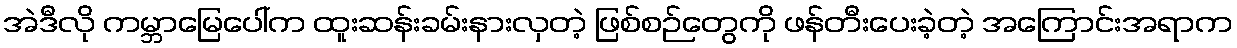
အဲဒီလို ကမ္ဘာမြေပေါ်က ထူးဆန်းခမ်းနားလှတဲ့ ဖြစ်စဉ်တွေကို ဖန်တီးပေးခဲ့တဲ့ အကြောင်းအရာက